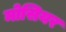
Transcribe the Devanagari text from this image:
मोसियर